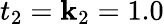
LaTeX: t_{2}=\mathbf{k}_{2}=1.0